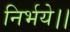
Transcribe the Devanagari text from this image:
निर्भये।।